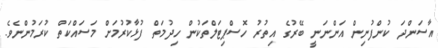
އާސަންދަ ކުންފުނިން އަންނަނީ ބޭރުގެ އިތުރު ހޮސްޕިޓަލްތަކުން ހިދުމަތް ފުޅާކުރުމަށް މަސައްކަތް ކުރަމުންނެވެ.